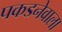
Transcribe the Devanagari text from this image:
पकडनेवाला